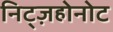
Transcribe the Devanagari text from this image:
निट्ज़होनोट